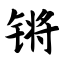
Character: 锵